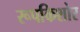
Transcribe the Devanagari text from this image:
रूपकिशोर